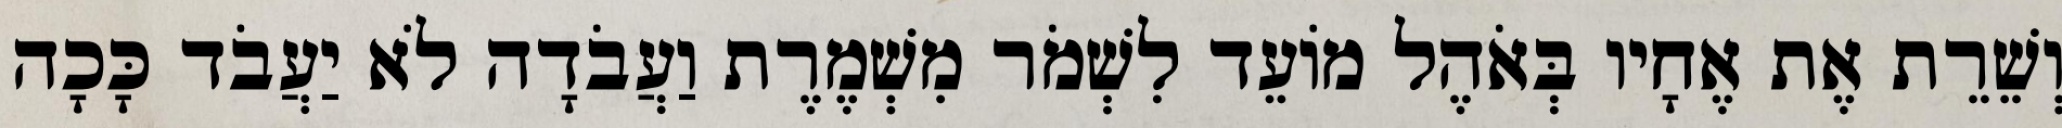
וְשֵׁרֵת אֶת אֶחָיו בְּאֹהֶל מוֹעֵד לִשְׁמֹר מִשְׁמֶרֶת וַעֲבֹדָה לֹא יַעֲבֹד כָּכָה